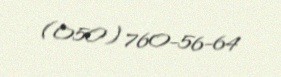
(050) 760-56-64